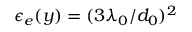
\epsilon _ { e } ( y ) = ( 3 \lambda _ { 0 } / d _ { 0 } ) ^ { 2 }